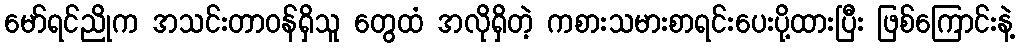
မော်ရင်ညိုက အသင်းတာဝန်ရှိသူ တွေထံ အလိုရှိတဲ့ ကစားသမားစာရင်းပေးပို့ထားပြီး ဖြစ်ကြောင်းနဲ့